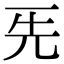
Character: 𠀡